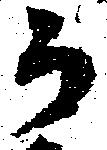
而